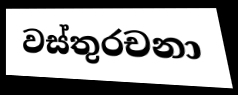
වස්තුරචනා